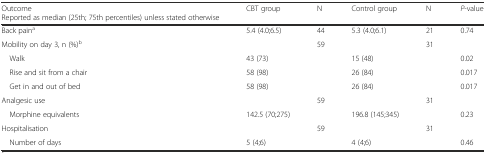
| Outcome Reported as median (25th; 75th percentiles) unless stated otherwise | CBT group | N | Control group | N | P-value |
 | --- | --- | --- | --- | --- | --- |
 | Back paina | 5.4 (4.0;6.5) | 44 | 5.3 (4.0;6.1) | 21 | 0.74 |
 | Mobility on day 3, n (%)b |  | 59 |  | 31 |  |
 | Walk | 43 (73) |  | 15 (48) |  | 0.02 |
 | Rise and sit from a chair | 58 (98) |  | 26 (84) |  | 0.017 |
 | Get in and out of bed | 58 (98) |  | 26 (84) |  | 0.017 |
 | Analgesic use |  | 59 |  | 31 |  |
 | Morphine equivalents | 142.5 (70;275) |  | 196.8 (145;345) |  | 0.23 |
 | Hospitalisation |  | 59 |  | 31 |  |
 | Number of days | 5 (4;6) |  | 4 (4;6) |  | 0.46 |